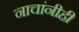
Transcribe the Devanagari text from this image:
नाचांनीही